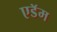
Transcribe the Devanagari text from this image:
एडॅम